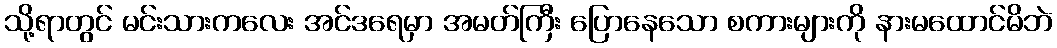
သို့ရာတွင် မင်းသားကလေး အင်ဒရေမှာ အမတ်ကြီး ပြောနေသော စကားများကို နားမထောင်မိဘဲ